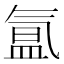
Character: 氲